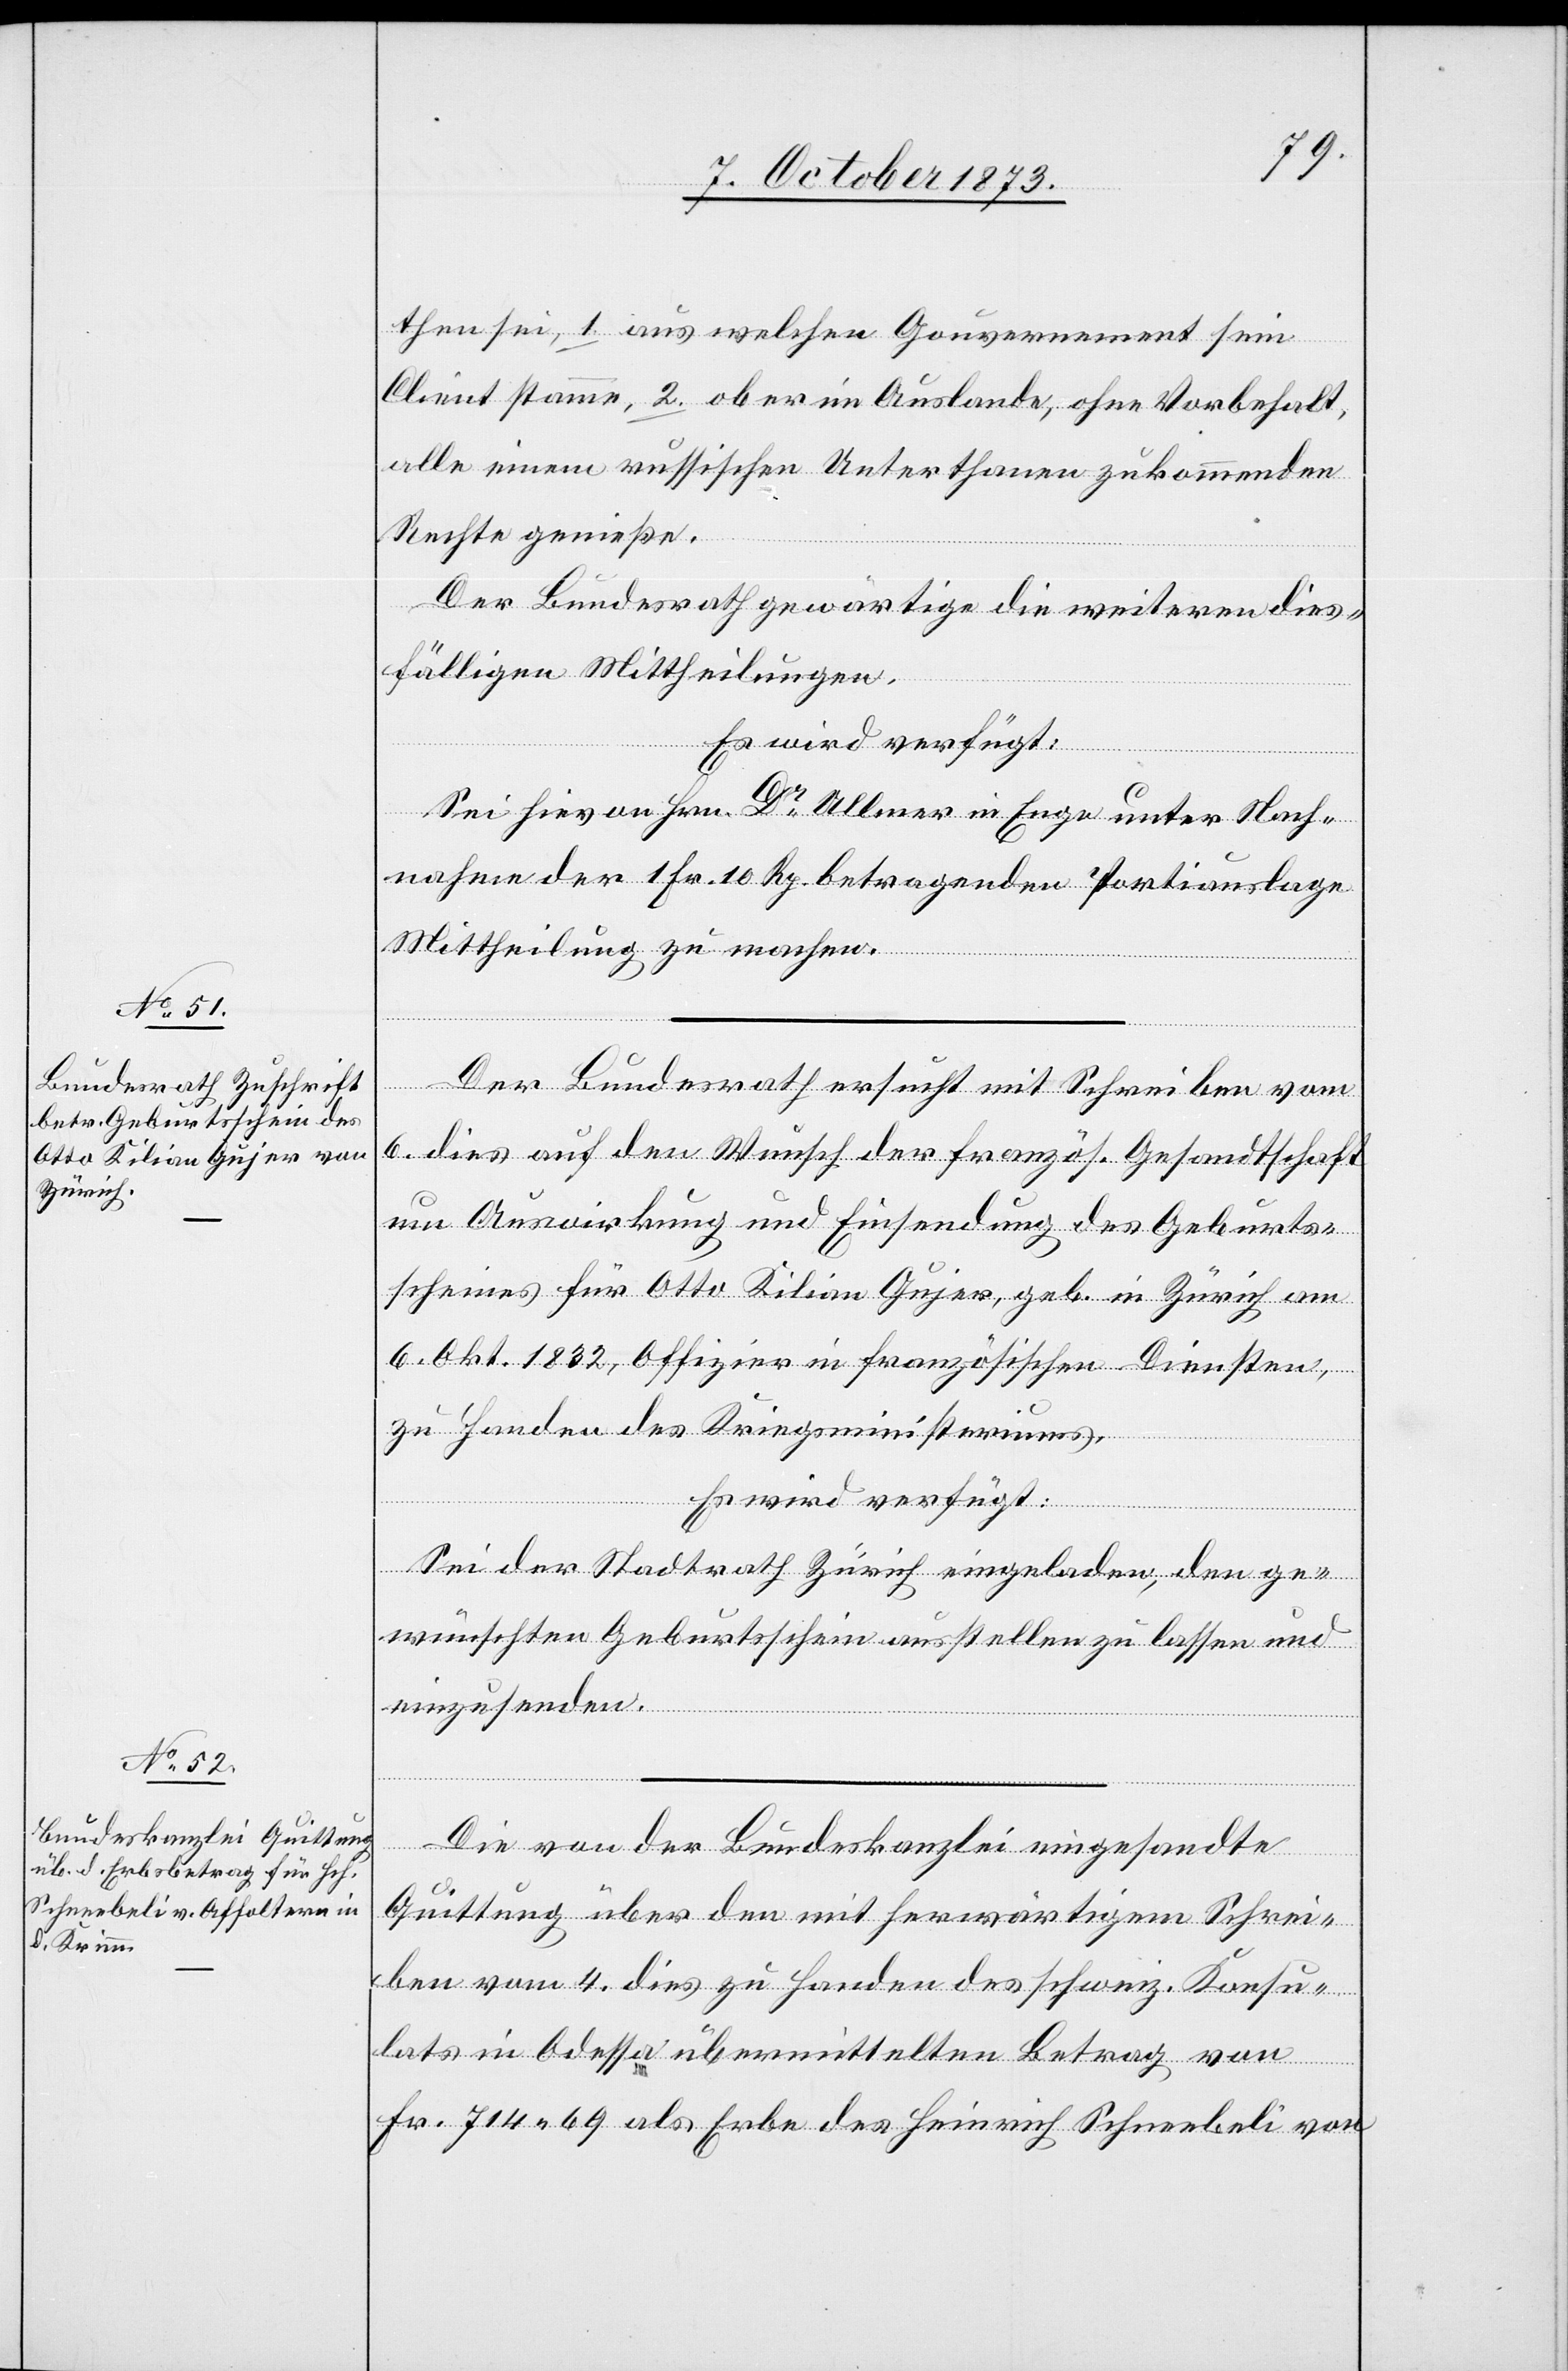
10. October 1873.]
then sei, 1. aus welchen Gouvernement sein
Client stamme, 2. ob er im Auslande, ohne Vorbehalt,
alle einem russischen Unterthanen zukommenden
Rechte genieße.
Der Bundesrath gewärtige die weiteren dies¬
fälligen Mittheilungen.
Es wird verfügt:
Sei hievon Hrn. Dr Ullmer in Enge unter Nach¬
nahme der 1 Fr. 10 Rp. betragenden Portiauslage
Mittheilung zu machen.
Der Bundesrath ersucht mit Schreiben vom
6. dies auf den Wunsch der französ. Gesandtschaft
um Auswirkung und Einsendung des Geburts¬
scheines für Otto Kilian Gujer, geb. in Zürich am
6. Okt. 1832, Offizier in französischen Diensten,
zu Handen des Kriegsministeriums.
Es wird verfügt:
Sei der Stadtrath Zürich eingeladen, den ge¬
wünschten Geburtsschein ausstellen zu lassen und
einzusenden.
Die von der Bundeskanzlei eingesandte
Quittung über den mit herwärtigem Schrei¬
ben vom 4. dies zu Handen des schweiz. Konsu¬
lats in Odessa übermittelten Betrag von
Fr. 714 69 als Erbe des Heinrich Schneebeli von